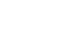
ဘရိတ်